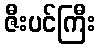
ဇီးပင်ကြီး